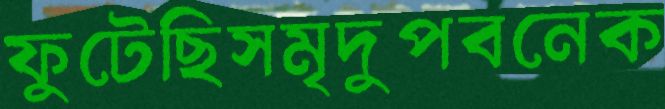
ফুটেছিসমৃদুপবনেক